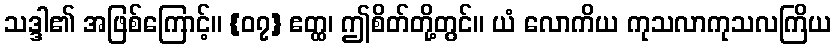
သဒ္ဒါ၏ အဖြစ်ကြောင့်။ {၀၇} ဧတ္ထ၊ ဤစိတ်တို့တွင်။ ယံ လောကိယ ကုသလာကုသလကြိယ